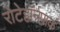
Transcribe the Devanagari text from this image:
रोटेहॉर्नपार्क